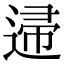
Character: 䢜